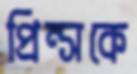
প্রিন্সকে